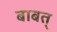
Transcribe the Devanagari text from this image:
बाबत्